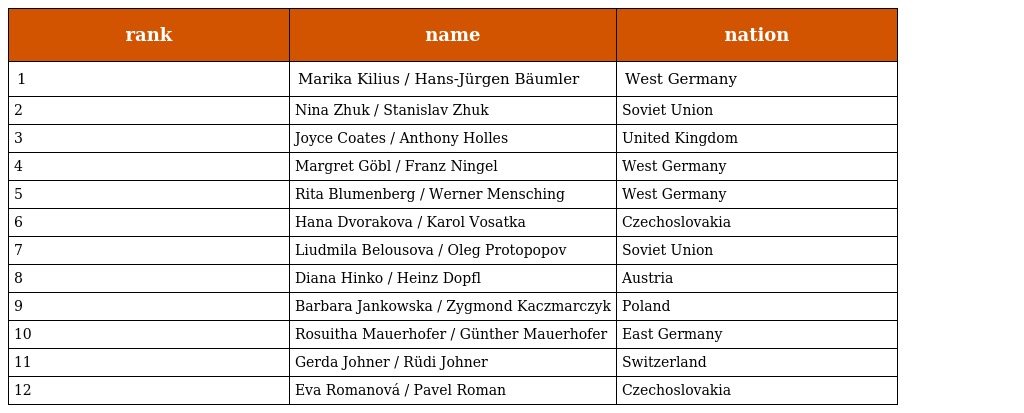
| rank | name | nation |
 | --- | --- | --- |
 | 1 | Marika Kilius / Hans-Jürgen Bäumler | West Germany |
 | 2 | Nina Zhuk / Stanislav Zhuk | Soviet Union |
 | 3 | Joyce Coates / Anthony Holles | United Kingdom |
 | 4 | Margret Göbl / Franz Ningel | West Germany |
 | 5 | Rita Blumenberg / Werner Mensching | West Germany |
 | 6 | Hana Dvorakova / Karol Vosatka | Czechoslovakia |
 | 7 | Liudmila Belousova / Oleg Protopopov | Soviet Union |
 | 8 | Diana Hinko / Heinz Dopfl | Austria |
 | 9 | Barbara Jankowska / Zygmond Kaczmarczyk | Poland |
 | 10 | Rosuitha Mauerhofer / Günther Mauerhofer | East Germany |
 | 11 | Gerda Johner / Rüdi Johner | Switzerland |
 | 12 | Eva Romanová / Pavel Roman | Czechoslovakia |